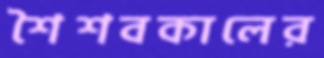
শৈশবকালের